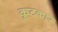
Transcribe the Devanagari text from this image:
कूटकार